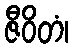
ဇီဝိတံ၊